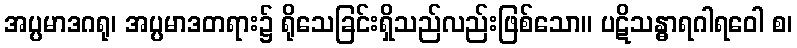
အပ္ပမာဒဂရု၊ အပ္ပမာဒတရား၌ ရိုသေခြင်းရှိသည်လည်းဖြစ်သော။ ပဋိသန္ဓာရဂါရဝေါ စ၊